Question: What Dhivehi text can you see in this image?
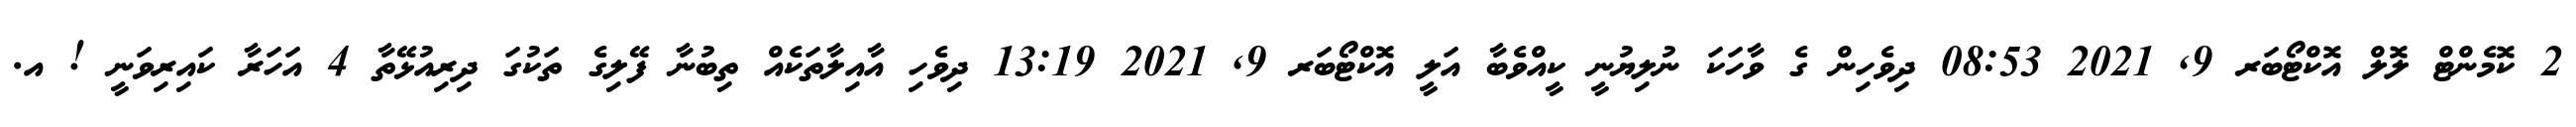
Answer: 2 ކޮމެންޓް ލޮލް އޮކްޓޯބަރ 9, 2021 08:53 ދިވެހިން ގެ ވާހަކަ ނުލިޔުނީ ކީއްވެބާ އަލީ އޮކްޓޯބަރ 9, 2021 13:19 ދިވެހި އާއިލާތަކެއް ތިބުނާ ފޭލިގެ ތަކުގަ ދިރިއުޅޭތާ 4 އަހަރާ ކައިރިވަނީ ! އ.